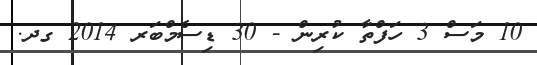
10 މަސް 3 ހަފްތާ ކުރިން - 30 ޑިސެމްބަރ 2014 ގދ.